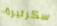
سكرتيرة